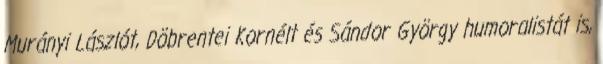
Murányi Lászlót, Döbrentei Kornélt és Sándor György humoralistát is,